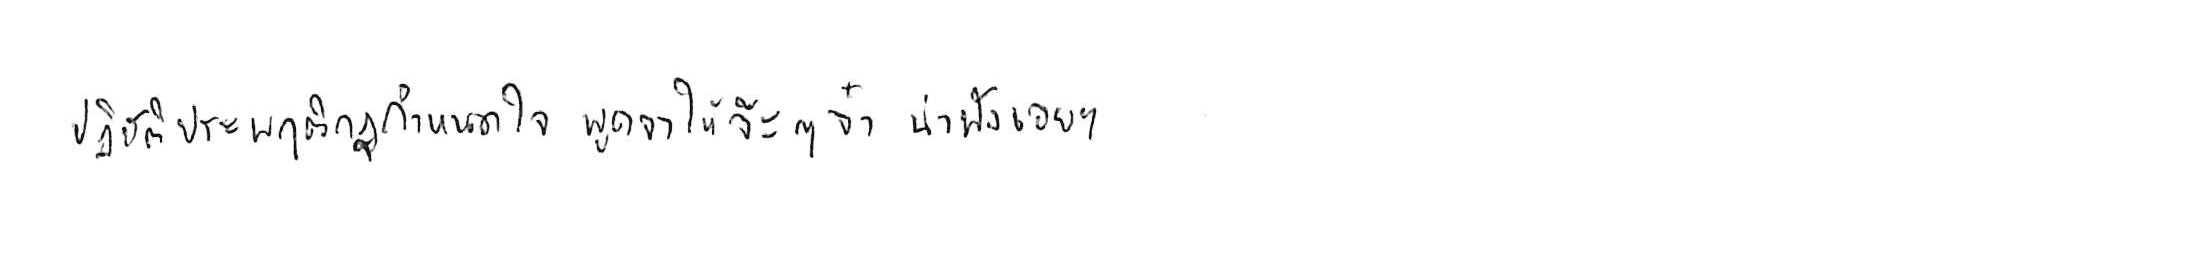
ปฏิบัติประพฤติกฎกำหนดใจ พูดจาให้จ๊ะๆ จ๋า น่าฟังเอยฯ